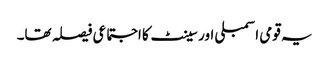
یہ قومی اسمبلی اور سینٹ کا اجتماعی فیصلہ تھا۔